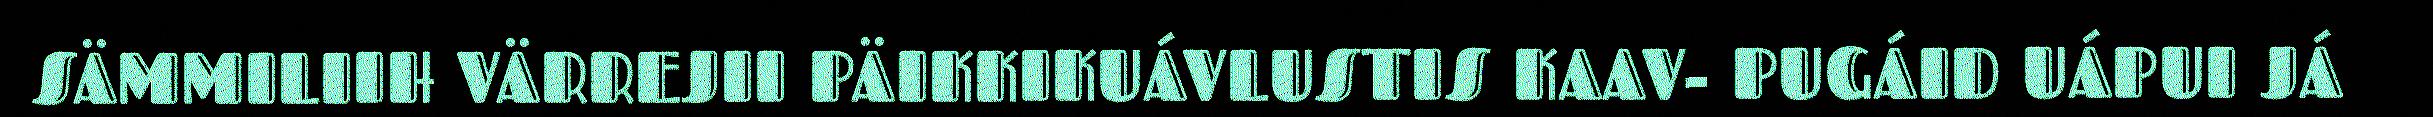
SÄMMILIIH VÄRREJII PÄIKKIKUÁVLUSTIS KAAV- PUGÁID UÁPUI JÁ